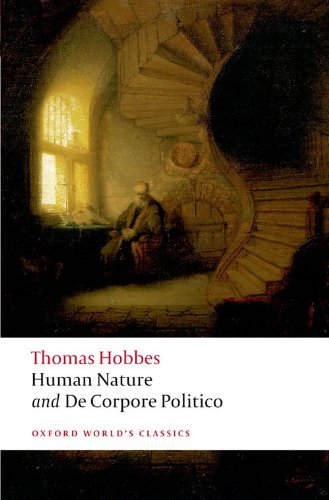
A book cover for Human Nature and De Corpore Politico (Oxford World's Classics) (Pt. 1); Thomas Hobbes; Law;